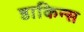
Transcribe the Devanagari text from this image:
डाकिन्स